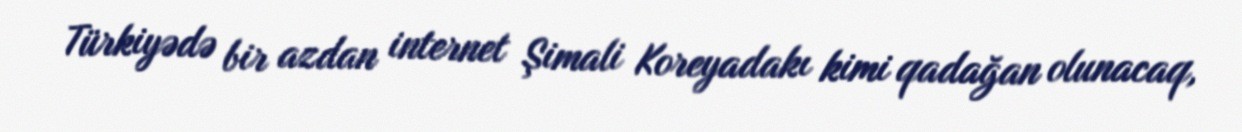
Türkiyədə bir azdan internet Şimali Koreyadakı kimi qadağan olunacaq,